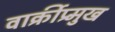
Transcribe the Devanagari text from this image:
वार्क्रीप्र्मुख